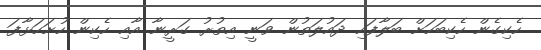
ހެކިގެން ހެކިބަހަށް ބަލާފައި ދައުލަތުން ވަނީ އިތުރު ގަރީނާ އާއި ހެކިން ހުށަހަޅާފަ